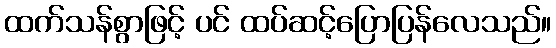
ထက်သန်စွာဖြင့် ပင် ထပ်ဆင့်ပြောပြန်လေသည်။